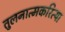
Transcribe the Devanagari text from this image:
तुलनात्मकरित्या